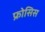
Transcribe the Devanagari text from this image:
फ्रोसिस